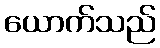
ယောက်သည်